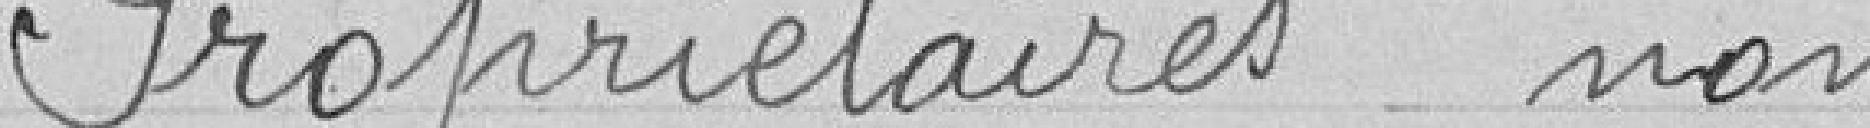
Propriétaires non